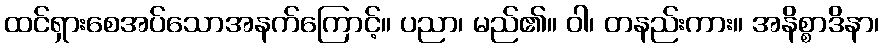
ထင်ရှားစေအပ်သောအနက်ကြောင့်။ ပညာ၊ မည်၏။ ဝါ၊ တနည်းကား။ အနိစ္စာဒိနာ၊